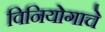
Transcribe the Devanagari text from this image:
विनियोगाचे